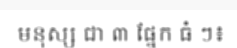
មនុស្ស ជា ៣ ផ្នែក ធំ ៗ៖